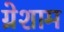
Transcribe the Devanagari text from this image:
ग्रेशाम